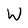
Character: W